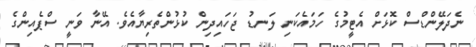
ނެދަލޭންޑްސް ކޮޅަށް އެޓީމުގެ ހަމައެކަނި ލަނޑު ޖަހައިދިން ކުޅުންތެރިޔާއެވެ. އޭނާ ވަނީ ސްޕެއިންގެ